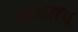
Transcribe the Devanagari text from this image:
सप्तसिंधू